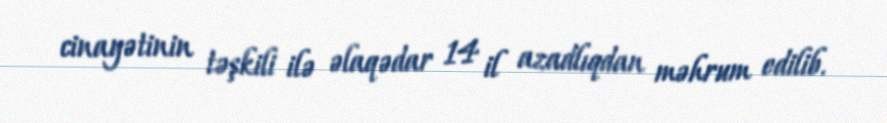
cinayətinin təşkili ilə əlaqədar 14 il azadlıqdan məhrum edilib.